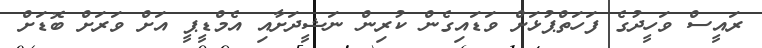
ރައީސް ވަހީދުގެ ފަހަތްޕުޅަށް ވަޑައިގެން ކުރިން ނަޝީދަށާއި އެމްޑީޕީ އަށް ވަރަށް ބޮޑަށް